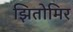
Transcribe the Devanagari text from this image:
झितोमिर